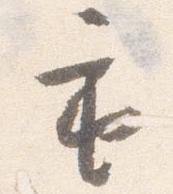
重